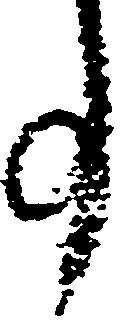
事